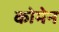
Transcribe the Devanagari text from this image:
कोमेन